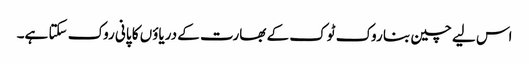
اس لیے چین بنا روک ٹوک کے بھارت کے دریاؤں کا پانی روک سکتا ہے۔